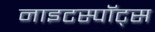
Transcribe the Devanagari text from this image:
नाइटस्पॉट्स